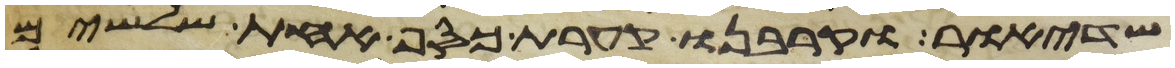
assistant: שדיאור וקרבנו קערת כסף אחת שלשים